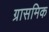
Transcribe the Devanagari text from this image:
ग्रासमिक